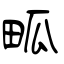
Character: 畖